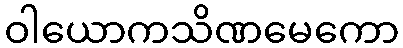
ဝါယောကသိဏမေကော